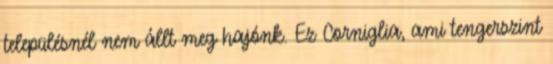
településnél nem állt meg hajónk. Ez Corniglia, ami tengerszint